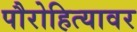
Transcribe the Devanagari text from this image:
पौरोहित्यावर